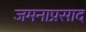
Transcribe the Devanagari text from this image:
जमनाप्रसाद